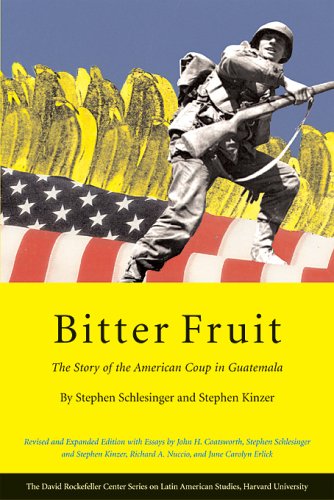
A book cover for Bitter Fruit: The Story of the American Coup in Guatemala, Revised and Expanded (Series on Latin American Studies); Stephen Schlesinger; History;